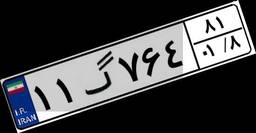
۱۱گ۷۶۴۸۱